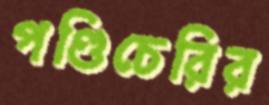
পণ্ডিচেরির